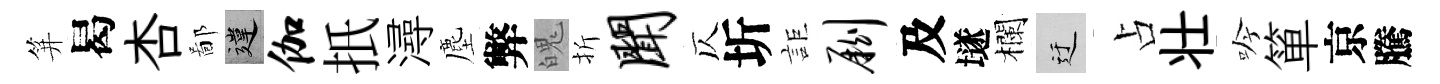
笄曷杏鄙違伽扺潯塵弊魄折闻仄圻詎劂及𡑞欄迂占壮吟箪京騰